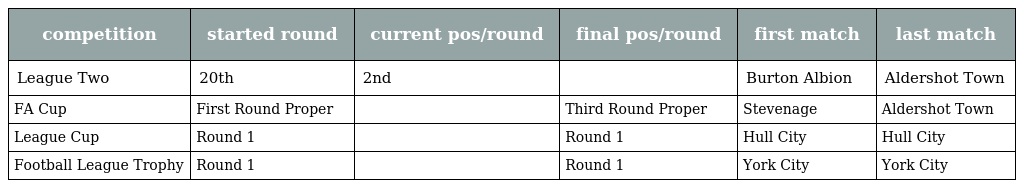
| competition | started round | current pos/round | final pos/round | first match | last match |
 | --- | --- | --- | --- | --- | --- |
 | League Two | 20th | 2nd |  | Burton Albion | Aldershot Town |
 | FA Cup | First Round Proper |  | Third Round Proper | Stevenage | Aldershot Town |
 | League Cup | Round 1 |  | Round 1 | Hull City | Hull City |
 | Football League Trophy | Round 1 |  | Round 1 | York City | York City |